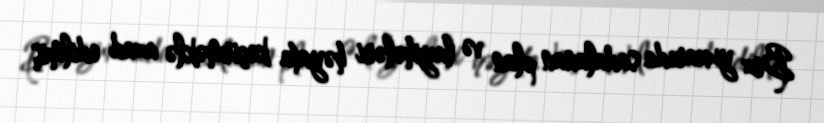
Biz yuxarıda sadalanan plan və layihələri həyata keçirməklə azad edilmiş